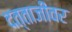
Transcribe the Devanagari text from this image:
दत्ताजींवर